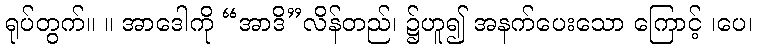
ရုပ်တွက်။ ။ အာဒေါကို “အာဒိ”လိန်တည်၊ ၌ဟူ၍ အနက်ပေးသော ကြောင့် ၊ပေ၊